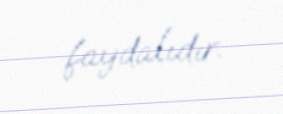
faydalıdır.